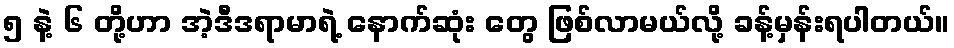
၅ နဲ့ ၆ တို့ဟာ အဲ့ဒီဒရာမာရဲ့ နောက်ဆုံး တွေ ဖြစ်လာမယ်လို့ ခန့်မှန်းရပါတယ်။